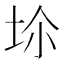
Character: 𡊒